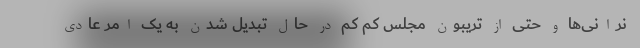
نرانی‌ها و حتی از تریبون مجلس کم کم در حال تبدیل شدن به یک امر عادی